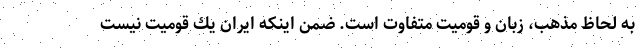
به لحاظ مذهب، زبان و قوميت متفاوت است. ضمن اينكه ايران يك قوميت نيست